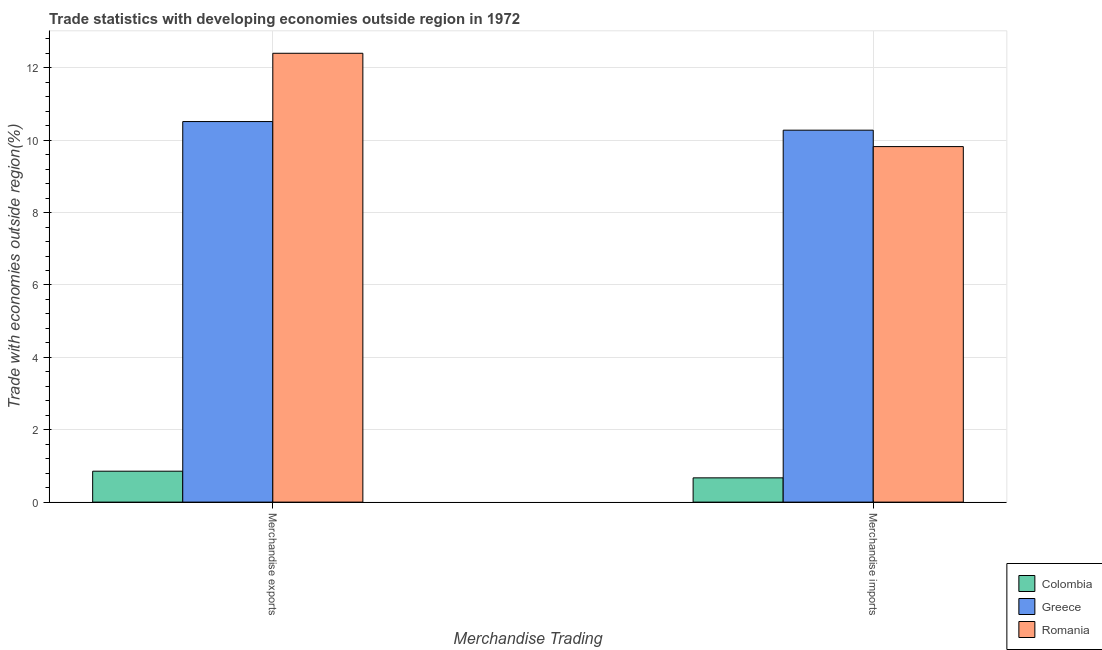
| Merchandise Trading | Colombia | Greece | Romania |
 | --- | --- | --- | --- |
 | Merchandise exports | 0.855 | 10.5 | 12.4 |
 | Merchandise imports | 0.671 | 10.3 | 9.82 |